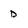
Character: D